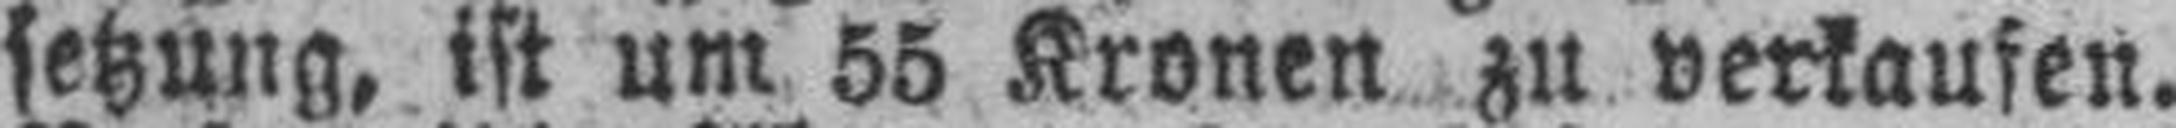
setzung, ist um 55 Kronen zu verkaufen.